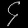
Digit: ၄